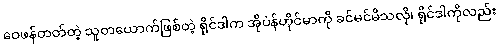
ဝေဖန်တတ်တဲ့ သူတယောက်ဖြစ်တဲ့ ရိုင်ဒါက အိုပဲန်ဟိုင်မာကို ခင်မင်မိသလို၊ ရိုင်ဒါကိုလည်း